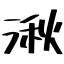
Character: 湫